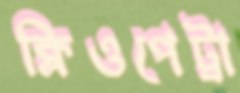
ক্লিওপেট্রা